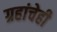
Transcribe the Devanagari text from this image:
ग्रहांचेही